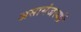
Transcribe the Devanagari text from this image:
असामंजस्यों